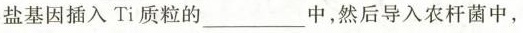
盐基因插入 Ti 质粒的___中，然后导入农杆菌中，